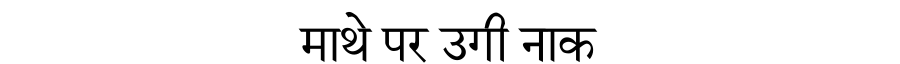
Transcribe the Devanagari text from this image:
माथे पर उगी नाक